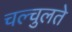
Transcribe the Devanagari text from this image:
चल्चुलते